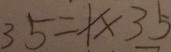
3 5 = x \times 3 5